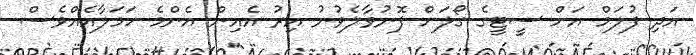
އަދި ފުލަމް އަށް ސީޓީގެ ގޯލަށް ފޮނުވާލެވުނު އިރު އެއިން އެންމެ ހަމަލާއެއްވެސް